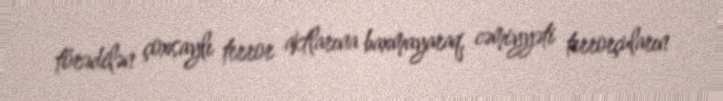
törədilən çoxsaylı terror aktlarına baxmayaraq, cəmiyyəti terrorçuların